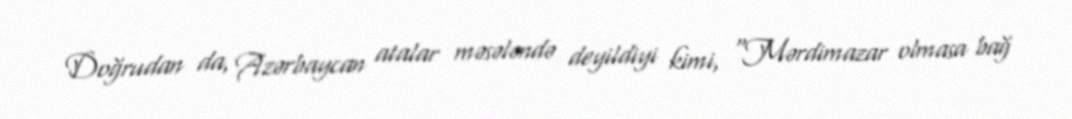
Doğrudan da, Azərbaycan atalar məsələndə deyildiyi kimi, “Mərdimazar olmasa bağ